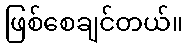
ဖြစ်စေချင်တယ်။